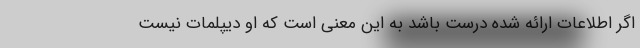
اگر اطلاعات ارائه شده درست باشد به این معنی است که او دیپلمات نیست